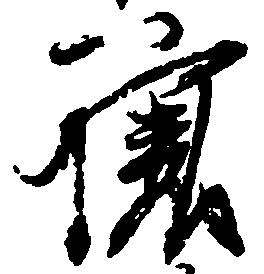
譲